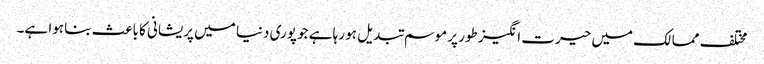
مختلف ممالک میں حیرت انگیز طور پر موسم تبدیل ہو رہا ہے جو پوری دنیا میں پریشانی کا باعث بنا ہوا ہے۔